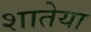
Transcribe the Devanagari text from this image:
शातेया